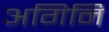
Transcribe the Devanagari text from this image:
अगिनि